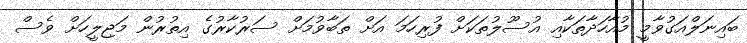
ބައިނަލްއަގުވާމީ މުއާހަދާތަކާއި އުސޫލުތަކަށް ފުރިހަމަ އަށް ތަބާވުމަށް ސަރުކާރުގެ އިތުރުން މަޖިލީހަށް ވެސް